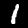
Label: 1